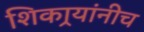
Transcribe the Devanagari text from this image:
शिकार्‍यांनीच